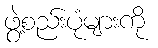
ဖွဲ့စည်းပုံများကို